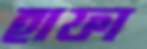
হাফা